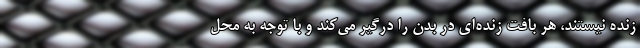
زنده نیستند، هر بافت زنده‌ای در بدن را درگیر می‌کند و با توجه به محل